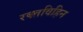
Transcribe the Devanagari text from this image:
रक्तविहिन